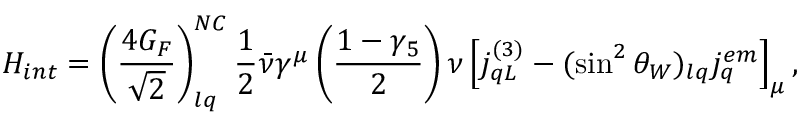
{ \cal H } _ { i n t } = \left( { \frac { 4 G _ { F } } { \sqrt 2 } } \right) _ { l q } ^ { N C } { \frac { 1 } { 2 } } \bar { \nu } \gamma ^ { \mu } \left( { \frac { 1 - \gamma _ { 5 } } { 2 } } \right) \nu \left[ j _ { q L } ^ { ( 3 ) } - ( \sin ^ { 2 } \theta _ { W } ) _ { l q } j _ { q } ^ { e m } \right] _ { \mu } ,